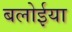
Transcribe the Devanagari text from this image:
बलोईया